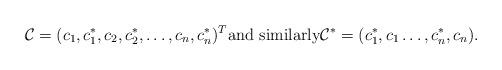
LaTeX: \begin{align*} \mathcal{C}= (c_1, c_1^*,c_2,c_2^*, \ldots, c_n, c_n^*)^T \mbox{and similarly} \mathcal{C}^*= (c_1^*,c_1 \ldots, c_n^*, c_n).\end{align*}